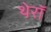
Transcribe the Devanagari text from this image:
थेरॉ